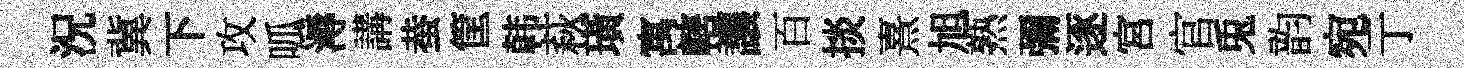
況冀下攻呱溽講蛬筐韩萩璜寓轄讓百掞熹旭熟彌逐宮官兎韵宛亍